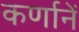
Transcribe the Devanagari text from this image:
कर्णानें